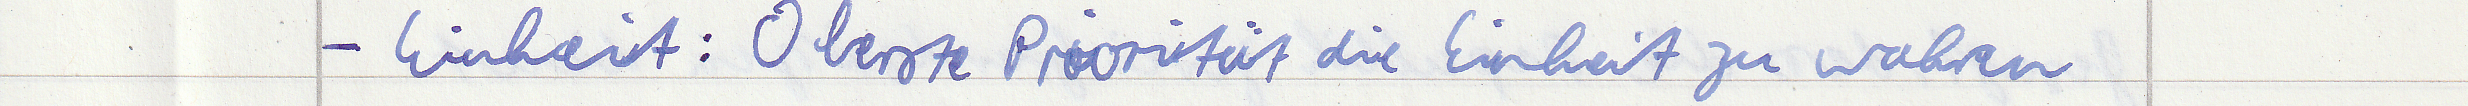
- Einheit: Oberste Priorität die Einheit zu wahren